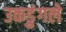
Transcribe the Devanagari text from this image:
उकडुंगले